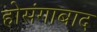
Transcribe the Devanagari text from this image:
होसंगाबाद